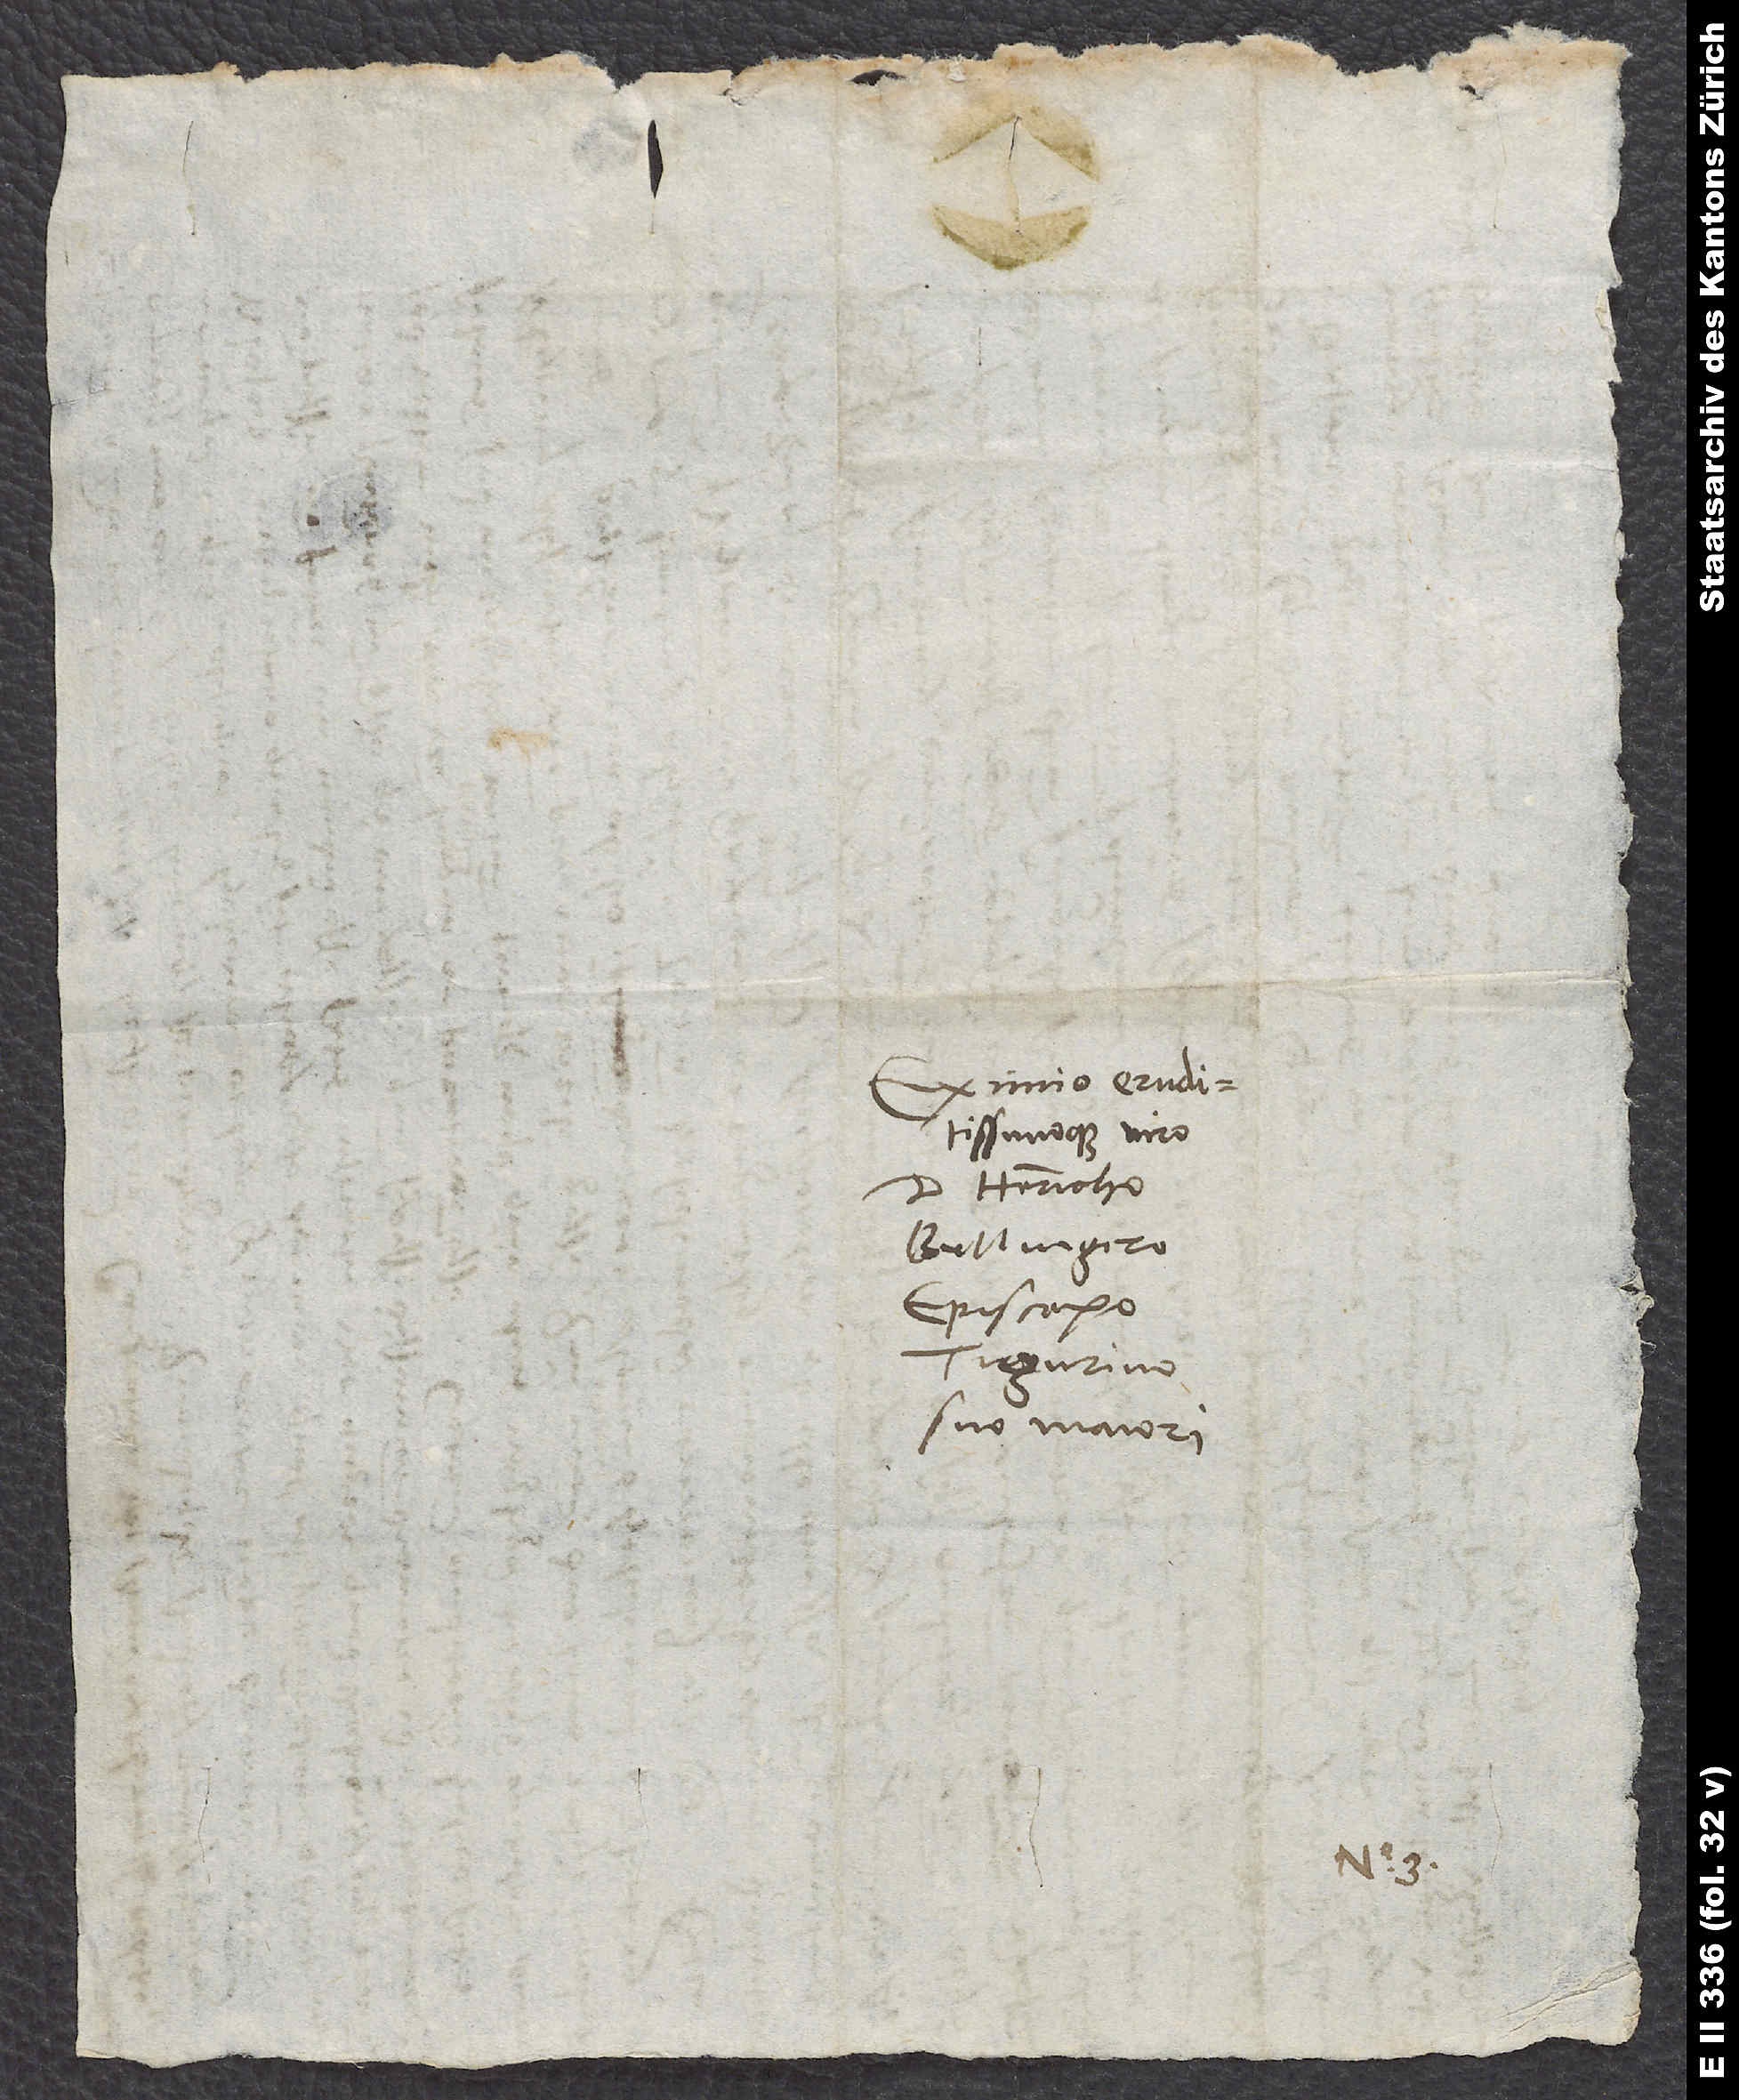
viro
Bullingero,
episcopo
Tigurino,
suo maiori.